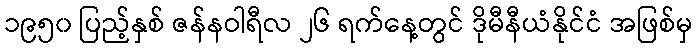
၁၉၅၀ ပြည့်နှစ် ဇန်နဝါရီလ ၂၆ ရက်နေ့တွင် ဒိုမီနီယံနိုင်ငံ အဖြစ်မှ